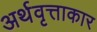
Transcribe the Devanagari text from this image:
अर्थवृत्ताकार